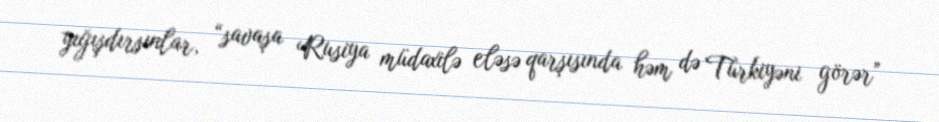
yığışdırsınlar, “savaşa Rusiya müdaxilə eləsə qarşısında həm də Türkiyəni görər”